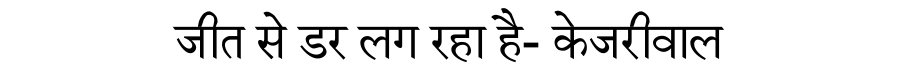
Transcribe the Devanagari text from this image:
जीत से डर लग रहा है- केजरीवाल